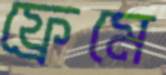
ফ্রেমে